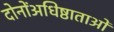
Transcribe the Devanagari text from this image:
दोनोंअधिष्ठाताओं